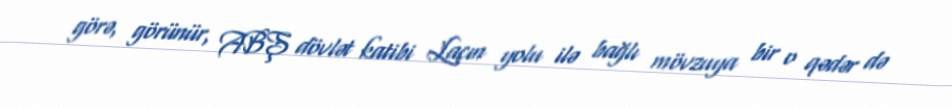
görə, görünür, ABŞ dövlət katibi Laçın yolu ilə bağlı mövzuya bir o qədər də